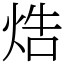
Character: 焅